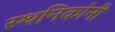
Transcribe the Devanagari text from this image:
स्थनिकांनी